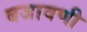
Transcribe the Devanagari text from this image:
बजावणी